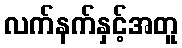
လက်နက်နှင့်အတူ